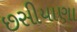
છસીયાણા